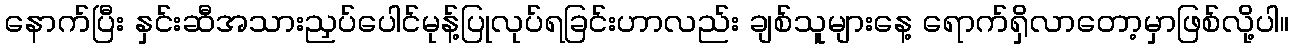
နောက်ပြီး နှင်းဆီအသားညှပ်ပေါင်မုန့်ပြုလုပ်ရခြင်းဟာလည်း ချစ်သူများနေ့ ရောက်ရှိလာတော့မှာဖြစ်လို့ပါ။